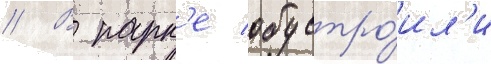
// В парк'е обустро́ил'и